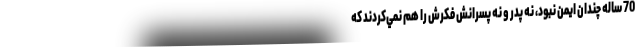
70 ساله چندان ايمن نبود، نه پدر و نه پسرانش فكرش را هم نمي‌كردند كه